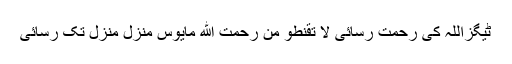
ٹیگزاللہ کی رحمت رسائی لا تقنطو من رحمت الله مایوس منزل منزل تک رسائی